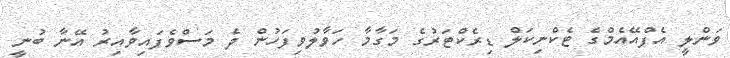
ވަންލީ އެފްއޭއެމްގެ ޓެކްނިކަލް ޑިރެކްޓަރުގެ މަގާމާ ހަވާލުވިފަހުން ދެ މަސްވެފައިވާއިރު އޭނާ ބުނީ